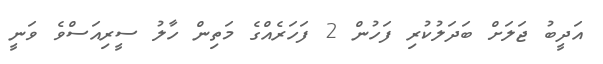
އަދީބު ޖަލަށް ބަދަލުކުރި ފަހުން 2 ފަހަރެއްގެ މަތިން ހާލު ސީރިއަސްވެ ވަނީ